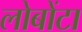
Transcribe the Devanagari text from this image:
लोबोंटा